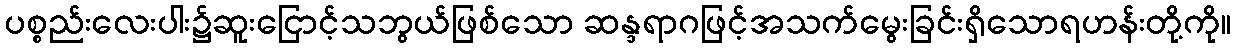
ပစ္စည်းလေးပါး၌ဆူးငြောင့်သဘွယ်ဖြစ်သော ဆန္ဒရာဂဖြင့်အသက်မွေးခြင်းရှိသောရဟန်းတို့ကို။